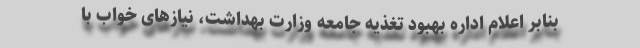
بنابر اعلام اداره بهبود تغذیه جامعه وزارت بهداشت، نیازهای خواب با